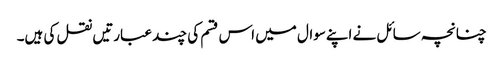
چنانچہ سائل نے اپنےسوال میں اس قسم کی چند عبارتیں نقل کی ہیں۔